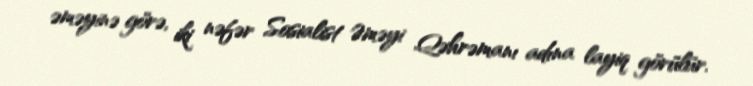
əməyinə görə, iki nəfər Sosialist Əməyi Qəhrəmanı adına layiq görülür.